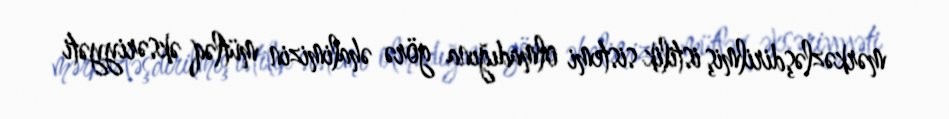
mərkəzləşdirilmiş istilik sistemi olmadığına görə əhalimizin mütləq əksəriyyəti